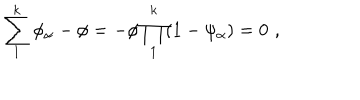
\sum _ { 1 } ^ { k } \phi _ { \alpha } - \phi = - \phi \prod _ { 1 } ^ { k } ( 1 - \psi _ { \alpha } ) = 0 \, \, ,